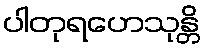
ပါတုရဟေသုန္တိ